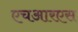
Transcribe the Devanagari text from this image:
एचआरएस